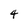
Character: 4